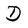
Character: D